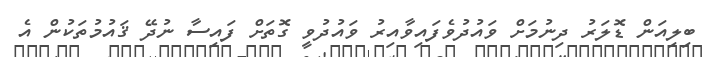
ބިލިއަން ޑޮލަރު ދިނުމަށް ވައުދުވެފައިވާއިރު ވައުދުވީ ގޮތަށް ފައިސާ ނުދޭ ޤައުމުތަކުން އެ